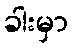
ခါးမှာ